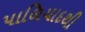
પાળિયાદથી